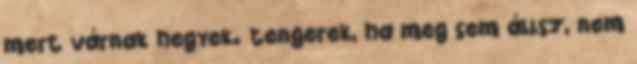
mert várnak hegyek. tengerek, ha meg sem állsz, nem